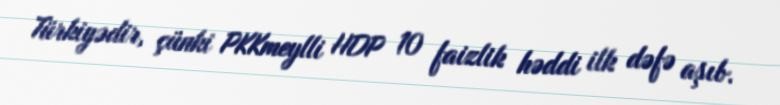
Türkiyədir, çünki PKKmeylli HDP 10 faizlik həddi ilk dəfə aşıb.